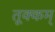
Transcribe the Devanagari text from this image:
तूक्कम्